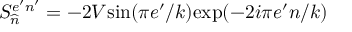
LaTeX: S _ { \widehat { n } } ^ { e ^ { \prime } n ^ { \prime } } = - 2 V \mathrm { s i n } ( \pi e ^ { \prime } / k ) \mathrm { e x p } ( - 2 i \pi e ^ { \prime } n / k )